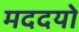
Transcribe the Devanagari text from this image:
मददयो